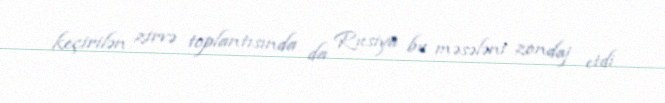
keçirilən zirvə toplantısında da Rusiya bu məsələni zondaj etdi.